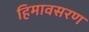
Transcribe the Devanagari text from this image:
हिमावसरण